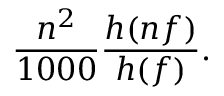
\frac { n ^ { 2 } } { 1 0 0 0 } \frac { h ( n f ) } { h ( f ) } .